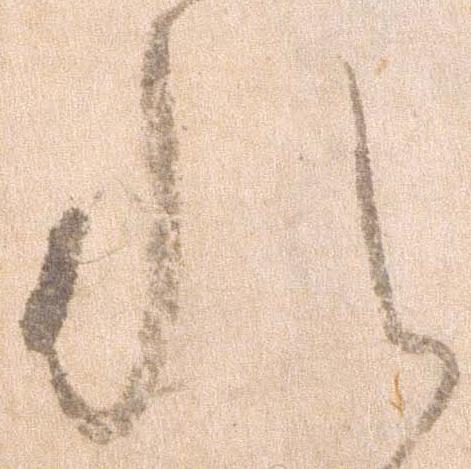
れ